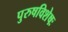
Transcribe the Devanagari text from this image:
पुरुषविशेषः